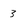
Character: 3